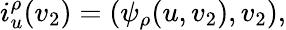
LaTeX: i_{u}^{\rho}(v_{2})=(\psi_{\rho}(u,v_{2}),v_{2}),